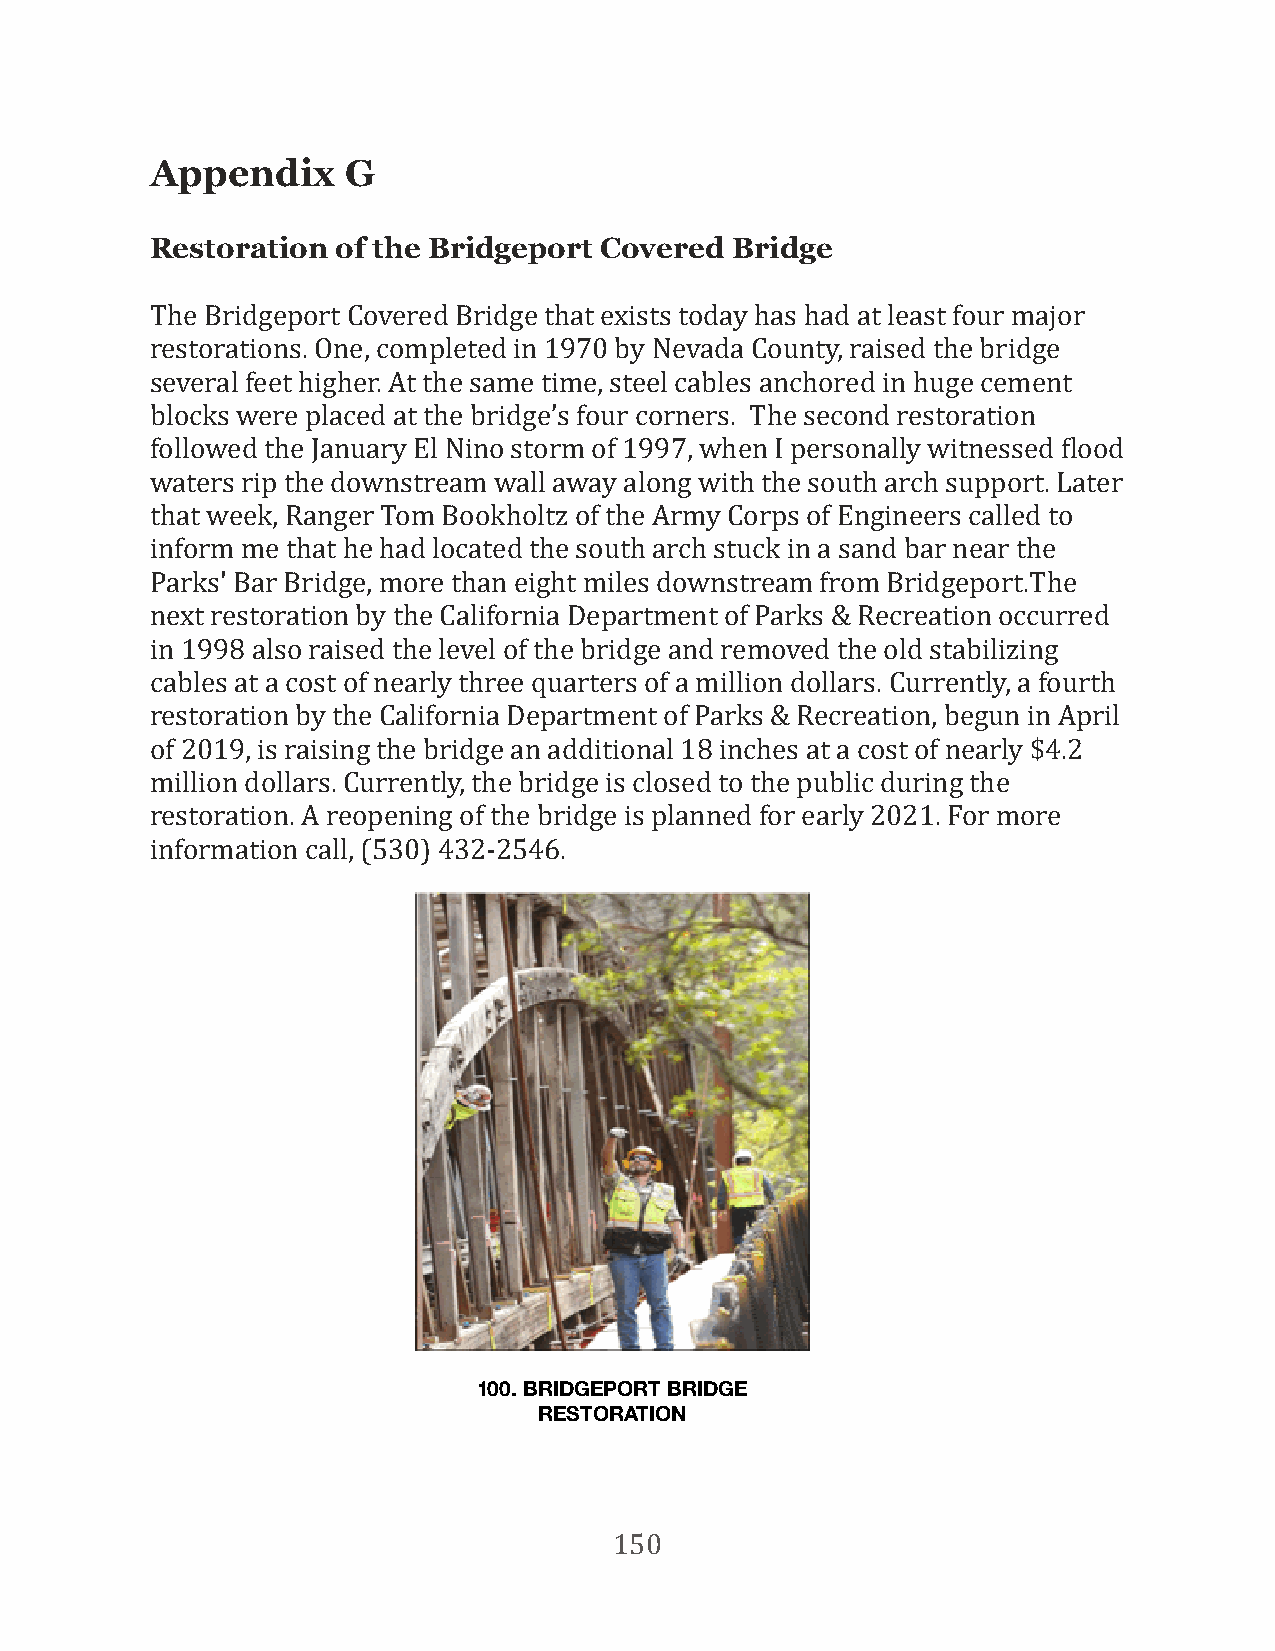
Appendix     G
 Restoration of the Bridgeport Covered Bridge
 The Bridgeport Covered Bridge that exists today has had at least four major
 restorations. One, completed in 1970 by Nevada County, raised the bridge
 several feet higher. At the same time, steel cables anchored in huge cement
 blocks were placed at the bridge’s four corners. The second restoration
 followed the January El Nino storm of 1997, when I personally witnessed Flood
 waters rip the downstream wall away along with the south arch support. Later
 that week, Ranger Tom Bookholtz of the Army Corps of Engineers called to
 inform me that he had located the south arch stuck in a sand bar near the
 Parks' Bar Bridge, more than eight miles downstream from Bridgeport.The
 next restoration by the California Department of Parks & Recreation occurred
 in 1998 also raised the level of the bridge and removed the old stabilizing
 cables at a cost of nearly three quarters of a million dollars. Currently, a fourth
 restoration by the California Department of Parks & Recreation, begun in April
 of 2019, is raising the bridge an additional 18 inches at a cost of nearly $4.2
 million dollars. Currently, the bridge is closed to the public during the
 restoration. A reopening of the bridge is planned for early 2021. For more
 information call, (530) 432-2546.
 100. BRIDGEPORT BRIDGE
 RESTORATION
 150